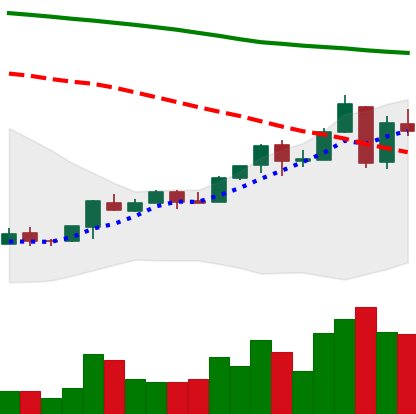
Ticker: ETC-USD
Chart end date: 2018-04-27
Forward return: 5.406%
Label: up_5_7